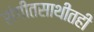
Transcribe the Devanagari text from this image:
संगीतसाथीतही